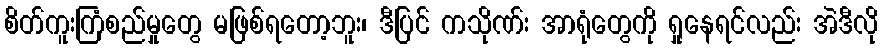
စိတ်ကူးကြံစည်မှုတွေ မဖြစ်ရတော့ဘူး၊ ဒီပြင် ကသိုဏ်း အာရုံတွေကို ရှုနေရင်လည်း အဲဒီလို